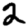
Digit: 2